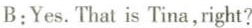
B:Yes.That is Tina,right?